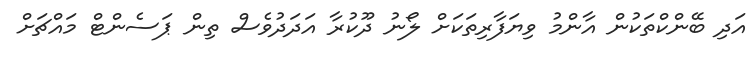
އަދި ބޭންކްތަކުން އާންމު ވިޔަފާރިތަކަށް ލޯނު ދޫކުރާ އަދަދުވެސް ތިން ޕަސެންޓް މައްޗަށް